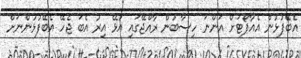
އެބޭފުޅުން އެއާޕޯޓަށް އަންނަ ހިސާބުން ރާއްޖޭގައި އުޅޭ އިރު އެބަ ޖެހޭ އެބޭފުޅުންނަށް